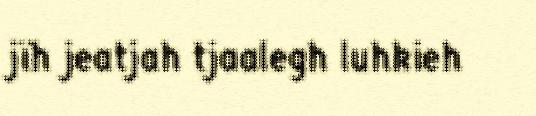
jïh jeatjah tjaalegh luhkieh